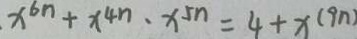
x ^ { 6 n } + x ^ { 4 n } \cdot x ^ { 5 n } = 4 + x ^ { ( 9 n ) }